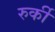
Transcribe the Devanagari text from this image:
रुर्की